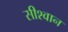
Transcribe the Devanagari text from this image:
सीश्वान